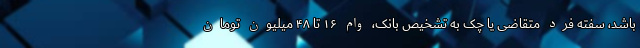
باشد، سفته فرد متقاضی یا چک به تشخیص بانک، وام ۱۶ تا ۴۸ میلیون تومان